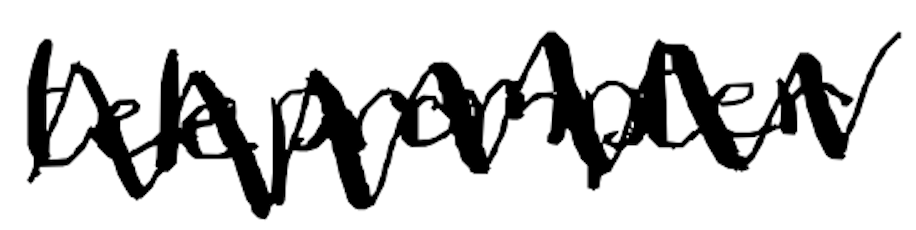
Text: Teleprompter
Cross-out: zig-zag
Writing tool: digital_black